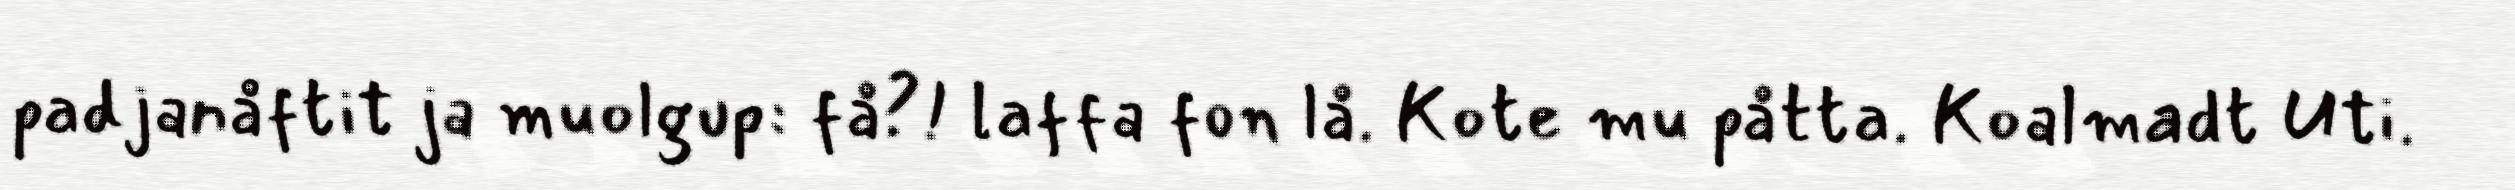
padjanåftit ja muolgup: få?! laffa fon lå. Kote mu påtta. Koalmadt Uti.